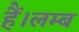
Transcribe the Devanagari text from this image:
हैं।लम्ब